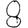
Digit: 8